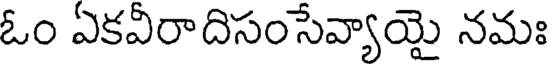
ఓం ఏకవీరాదిసంసేవ్యాయై నమః